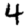
Digit: 4